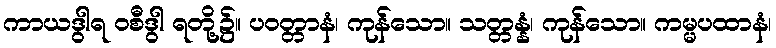
ကာယဒွါရ ဝစီဒွါ ရတို့၌။ ပဝတ္တာနံ၊ ကုန်သော။ သတ္တန္နံ၊ ကုန်သော။ ကမ္မပထာနံ၊